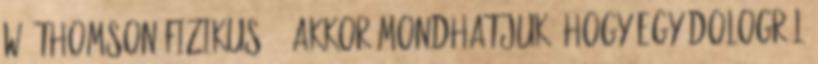
W. Thomson fizikus : „Akkor mondhatjuk, hogy egy dologról